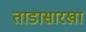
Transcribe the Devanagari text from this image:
ताडासारखा